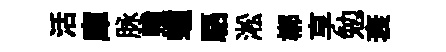
活庫脉輶蠟䮏淞槨享勉衰